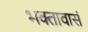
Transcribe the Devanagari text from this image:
भक्तावासं